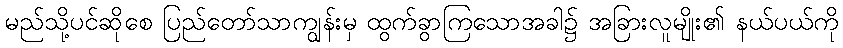
မည်သို့ပင်ဆိုစေ ပြည်တော်သာကျွန်းမှ ထွက်ခွာကြသောအခါ၌ အခြားလူမျိုး၏ နယ်ပယ်ကို